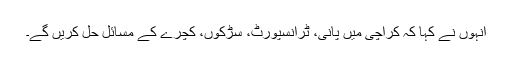
انہوں نے کہا کہ کراچی میں پانی، ٹرانسپورٹ، سڑکوں، کچرے کے مسائل حل کریں گے۔